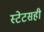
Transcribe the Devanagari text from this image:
स्टेटसही